Civil Veterinary Department. Madras. Admin. report 1926-33 - 1926-1933
Year: 1926
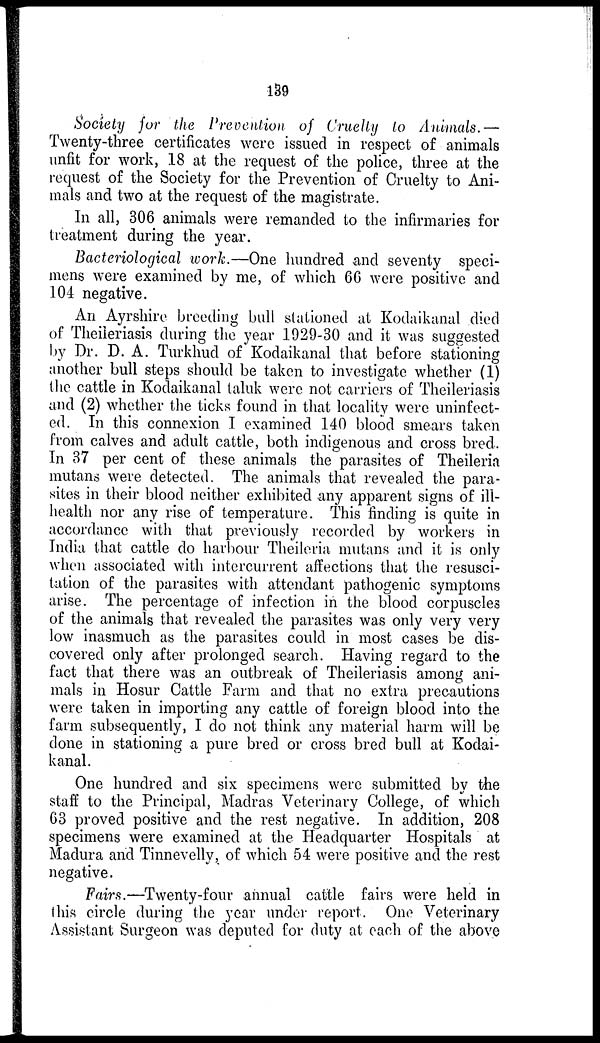
139
Society for the Prevention of Cruelty to Animals.—
Twenty-three certificates were issued in respect of animals
unfit for work, 18 at the request of the police, three at the
request of the Society for the Prevention of Cruelty to Ani-
mals and two at the request of the magistrate.
In all, 306 animals were remanded to the infirmaries for
treatment during the year.
Bacteriological work.—One hundred and seventy speci-
mens were examined by me, of which 66 were positive and
104 negative.
An Ayrshire breeding bull stationed at Kodaikanal died
of Theileriasis during the year 1929-30 and it was suggested
by Dr. D. A. Turkhud of Kodaikanal that before stationing
another bull steps should be taken to investigate whether (1)
the cattle in Kodaikanal taluk were not carriers of Theileriasis
and (2) whether the ticks found in that locality were uninfect-
ed. In this connexion I examined 140 blood smears taken
from calves and adult cattle, both indigenous and cross bred.
In 37 per cent of these animals the parasites of Theileria
mutans were detected. The animals that revealed the para-
sites in their blood neither exhibited any apparent signs of ill-
health nor any rise of temperature. This finding is quite in
accordance with that previously recorded by workers in
India that cattle do harbour Theileria mutans and it is only
when associated with intercurrent affections that the resusci-
tation of the parasites with attendant pathogenic symptoms
arise. The percentage of infection in the blood corpuscles
of the animals that revealed the parasites was only very very
low inasmuch as the parasites could in most cases be dis-
covered only after prolonged search. Having regard to the
fact that there was an outbreak of Theileriasis among ani-
mals in Hosur Cattle Farm and that no extra precautions
were taken in importing any cattle of foreign blood into the
farm subsequently, I do not think any material harm will be
done in stationing a pure bred or cross bred bull at Kodai-
kanal.
One hundred and six specimens were submitted by the
staff to the Principal, Madras Veterinary College, of which
63 proved positive and the rest negative. In addition, 208
specimens were examined at the Headquarter Hospitals at
Madura and Tinnevelly, of which 54 were positive and the rest
negative.
Fairs.—Twenty-four annual cattle fairs were held in
this circle during the year under report. One Veterinary
Assistant Surgeon was deputed for duty at each of the above